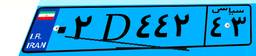
۹۷D۲۳۵۷۵